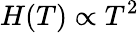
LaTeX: H(T)\propto T^{2}